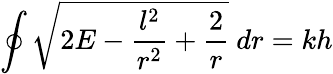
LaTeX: \oint{\sqrt{2E-{\frac{l^{2}}{r^{2}}}+{\frac{2}{r}}}}\ dr=kh